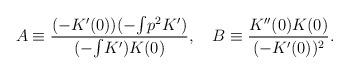
LaTeX: \begin{align*}A\equiv \frac{(-K'(0))(-{\textstyle\int}p^2K')}{(-{\textstyle\int}K')K(0)}, \ \ \ B\equiv\frac{K''(0)K(0)}{(-K'(0))^2}.\end{align*}